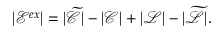
| \mathcal { E } ^ { e x } | = | \widetilde { \mathcal { C } } | - | \mathcal { C } | + | \mathcal { L } | - | \widetilde { \mathcal { L } } | .